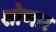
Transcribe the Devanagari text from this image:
शोणार